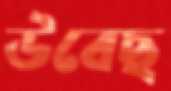
উবেছ